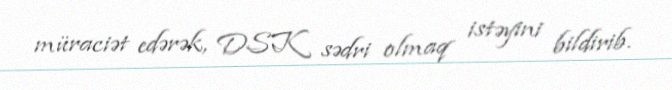
müraciət edərək, DSK sədri olmaq istəyini bildirib.